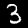
Label: 3